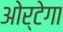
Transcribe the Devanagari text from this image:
ओर्टेगा